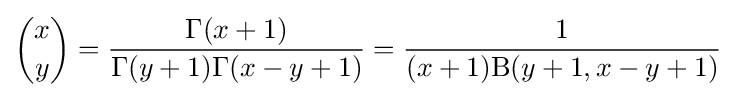
{x \choose y}={\frac {\Gamma (x+1)}{\Gamma (y+1)\Gamma (x-y+1)}}={\frac {1}{(x+1)\mathrm {B} (y+1,x-y+1)}}